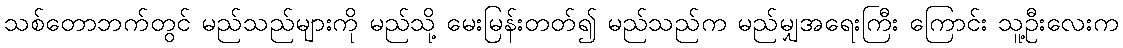
သစ်တောဘက်တွင် မည်သည်များကို မည်သို့ မေးမြန်းတတ်၍ မည်သည်က မည်မျှအရေးကြီး ကြောင်း သူ့ဦးလေးက